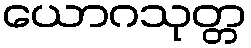
ယောဂသုတ္တ